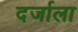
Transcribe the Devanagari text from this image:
दर्जाला